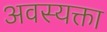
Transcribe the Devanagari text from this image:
अवस्यक्ता